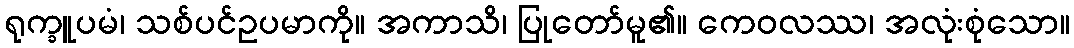
ရုက္ခူပမံ၊ သစ်ပင်ဥပမာကို။ အကာသိ၊ ပြုတော်မူ၏။ ကေဝလဿ၊ အလုံးစုံသော။